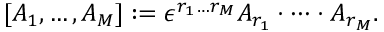
[ A _ { 1 } , \dots , A _ { M } ] : = \epsilon ^ { r _ { 1 } \dots r _ { M } } A _ { r _ { 1 } } \cdot \dots \cdot A _ { r _ { M } } .